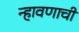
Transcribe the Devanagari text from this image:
न्हावणाची